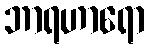
ဘာရဟာရော